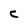
Character: C